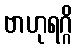
ဗာဟုရဂ္ဂိ